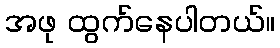
အဖု ထွက်နေပါတယ်။